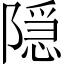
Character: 隠